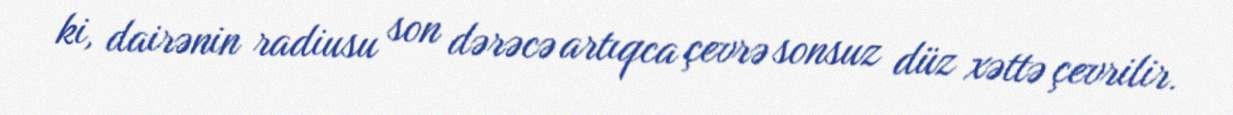
ki, dairənin radiusu son dərəcə artıqca çevrə sonsuz düz xəttə çevrilir.